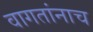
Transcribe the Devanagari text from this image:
वागतांनाच